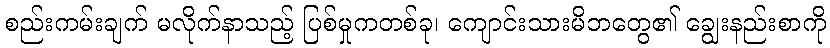
စည်းကမ်းချက် မလိုက်နာသည့် ပြစ်မှုကတစ်ခု၊ ကျောင်းသားမိဘတွေ၏ ချွေးနည်းစာကို